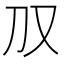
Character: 𪠤